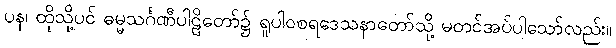
ပန၊ ထိုသို့ပင် ဓမ္မသင်္ဂဏီပါဠိတော်၌ ရူပါဝစရဒေသနာတော်သို့ မတင်အပ်ပါသော်လည်း။